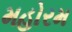
મહોરમ